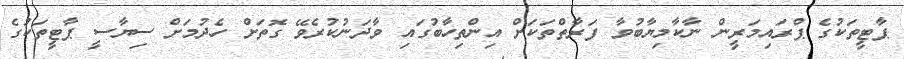
ޕާޓީތަކުގެ ޕްރައިމަރީން ނާކާމިޔާބުވާ ފަރާތްތަކަށް އިންތިހާބުގައި ވާދަނުކުރެވޭ ގޮތަށް ހެދުމަށް ސިޔާސީ ޕާޓީތަކުގެ